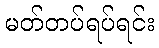
မတ်တပ်ရပ်ရင်း